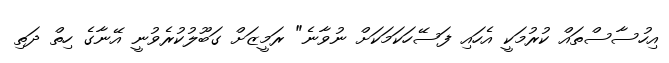
އިހުސާސްތައް ކުރުމަކީ އެހައި ފަސޭހަކަމަކަށް ނުވާނެ" ރަމީޒަށް ގަބޫލުކުރެވުނީ އޭނާގެ ހިތް ދަތި